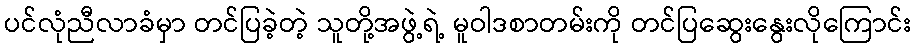
ပင်လုံညီလာခံမှာ တင်ပြခဲ့တဲ့ သူတို့အဖွဲ့ရဲ့ မူဝါဒစာတမ်းကို တင်ပြဆွေးနွေးလိုကြောင်း